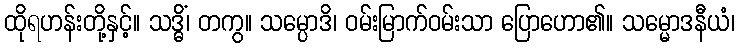
ထိုရဟန်းတို့နှင့်။ သဒ္ဓိံ၊ တကွ။ သမ္ပောဒိ၊ ဝမ်းမြာက်ဝမ်းသာ ပြောဟော၏။ သမ္မောဒနီယံ၊